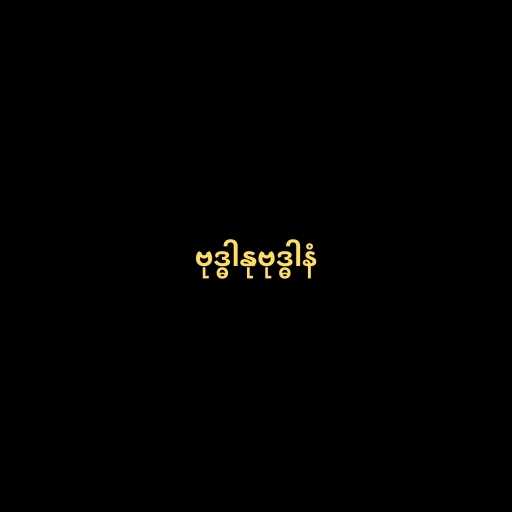
ဗုဒ္ဓါနုဗုဒ္ဓါနံ